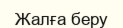
Жалға беру